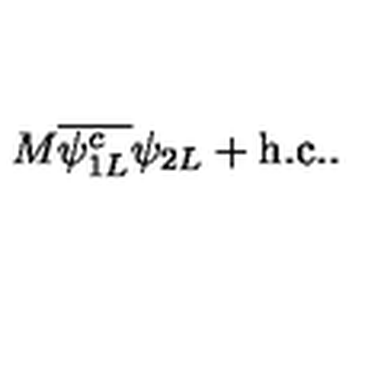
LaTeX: M { \overline { { \psi _ { 1 L } ^ { c } } } } \psi _ { 2 L } + \mathrm { h . c . } .